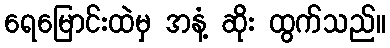
ရေမြောင်းထဲမှ အနံ့ ဆိုး ထွက်သည်။